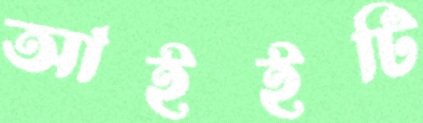
আইইটি